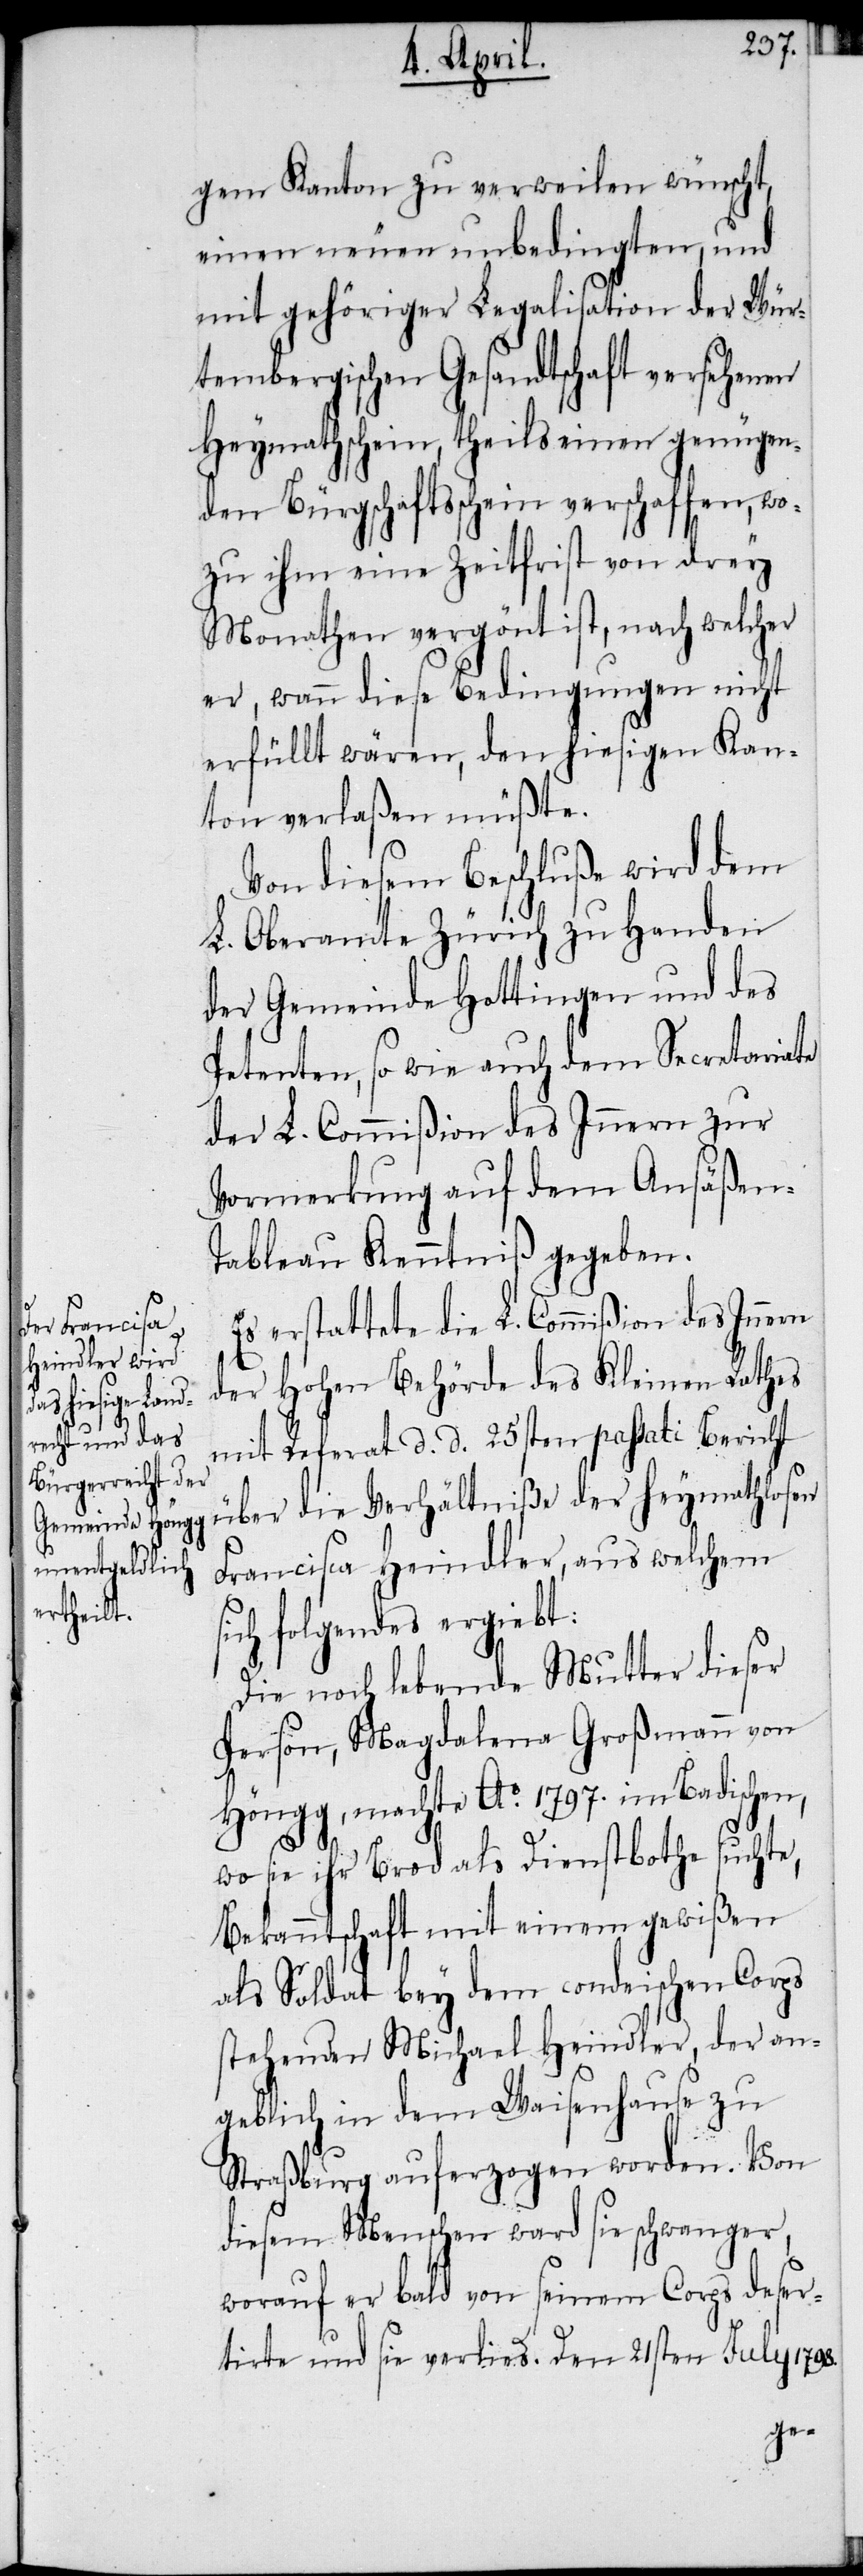
s¬

gem Kanton zu verweilen wünscht,
einen neuen unbedingten, und
mit gehöriger Legalisation der Wür¬
tembergischen Gesandtschaft versehenen
Heymathschein, theils einen genügen¬
den Bürgschaftsschein verschaffen, wo¬
zu ihm eine Zeitfrist von drey
Monathen vergönt ist, nach welcher
er, wann diese Bedingungen nicht
erfüllt wären, den hiesigen Kan¬
ton verlaßen müßte.
Von diesem Beschluße wird dem
L. Oberamte Zürich zu Handen
der Gemeinde Hottingen und des
Petenten, so wie auch dem Secretariate
der L. Commißion des Innern zur
Vormerkung auf dem Ansäßen-T¬
ableau Kenntniß gegeben.
Es erstattete die L. Commißion des Innern
der Hohen Behörde des Kleinen Rathes
mit Referat d. d. 25sten passati Bericht
über die Verhältniße der heymathlosen
Francisca Heindler, aus welchem
ich folgendes ergiebt:
Die noch lebende Mutter dieser
Person, Magdalena Großmann von
Höngg, machte Ao. 1797. im Badischen,
wo sie ihr Brod als Dienstbothe suchte,
Bekanntschaft mit einem gewißen
als Soldat bey dem condeischen Corps
stehenden Michael Heindler, der an¬
geblich in dem Waisenhause zu
Straßburg auferzogen worden. Von
diesem Menschen ward sie schwanger,
worauf er bald von seinem Corps deser¬
tirte und sie verlies. Den 21sten July 1798.